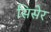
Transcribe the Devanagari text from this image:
सिसेर